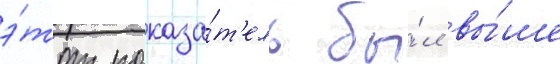
э́тот показа́т'ель бы́л вы́ше